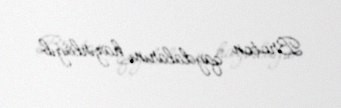
Broton qaydalarını hazırlayıb.